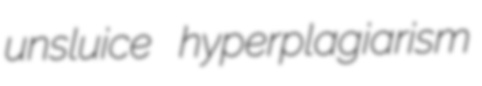
unsluice hyperplagiarism